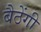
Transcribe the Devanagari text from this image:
बैठेंगी